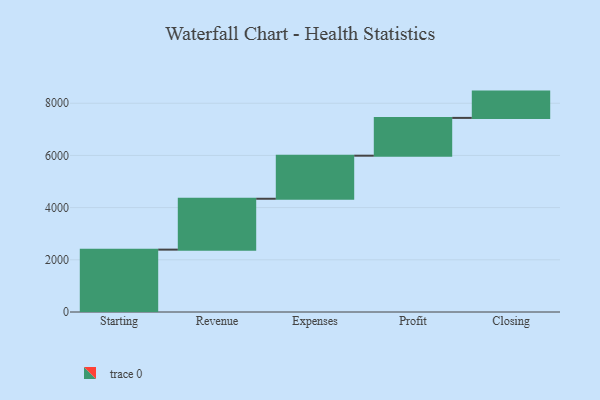
{"axis": {"x": "Step", "y": "Value"}, "legend": [""], "data": [{"x": "Starting", "y": 2390.0, "type": ""}, {"x": "Revenue", "y": 1950.0, "type": ""}, {"x": "Expenses", "y": 1650.0, "type": ""}, {"x": "Profit", "y": 1448.0, "type": ""}, {"x": "Closing", "y": 1008.0, "type": ""}]}